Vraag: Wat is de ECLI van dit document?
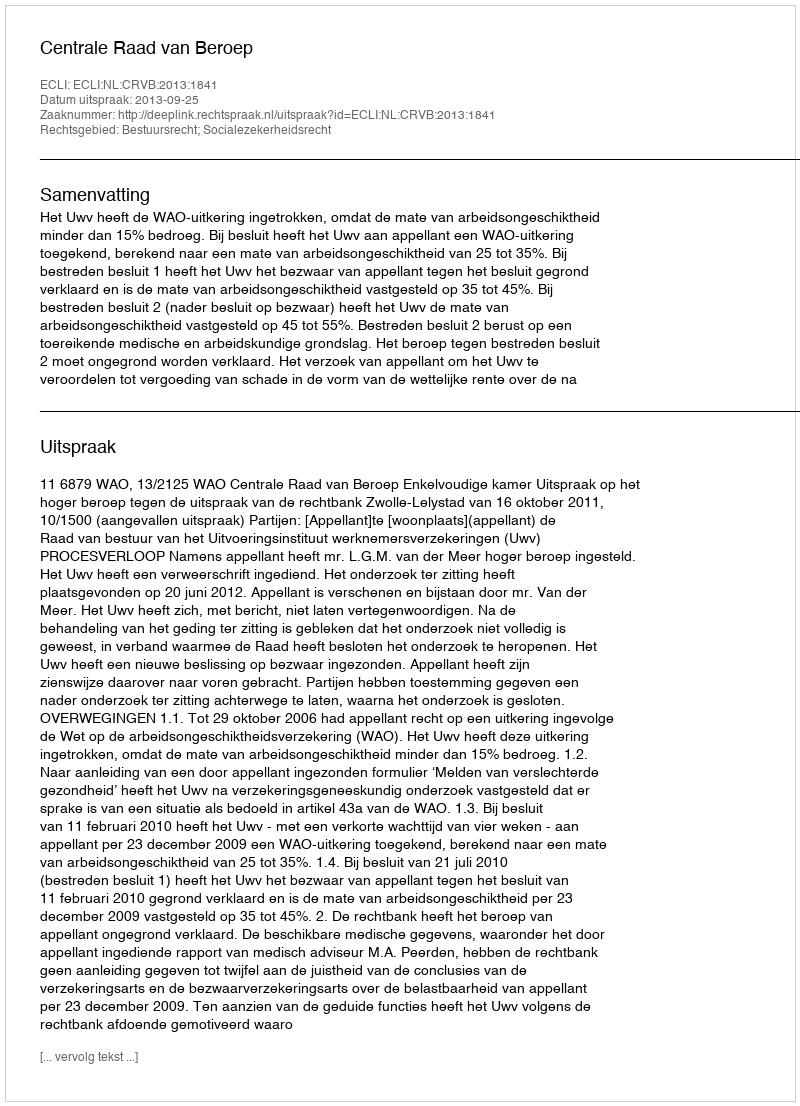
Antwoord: ECLI:NL:CRVB:2013:1841